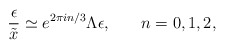
\begin{align*}\frac {\epsilon}{\tilde{x}} \simeq e^{2 \pi i n/3} \Lambda \epsilon, \: \: \: \: \: \: \:\: n=0,1,2,\end{align*}